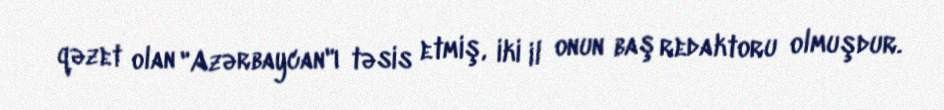
qəzet olan "Azərbaycan"ı təsis etmiş, iki il onun baş redaktoru olmuşdur.